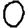
Digit: 0